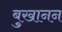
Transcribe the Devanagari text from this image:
बुखानन